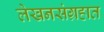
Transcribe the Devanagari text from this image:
लेखनसंग्रहात